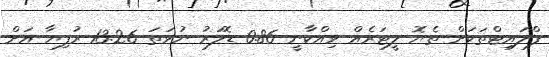
ފްލައިޓްތަކަށް ތެޔޮ ލީޓަރެއް ވިއްކާނީ 0.86 ޑޮލަރު ނުވަތަ 13.26 ރުފިޔާ އަށް